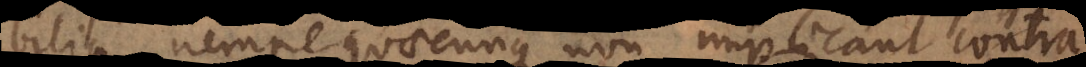
bilia, nempe quaecunque non implicant contra